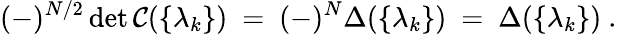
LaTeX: (-)^{N/2}\operatorname*{det}\mathcal{C}(\{ \lambda_{k}\} )~=~(-)^{N}\Delta(\{ \lambda_{k}\} )~=~\Delta(\{ \lambda_{k}\} )~.